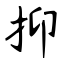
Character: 抑